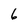
Character: 6